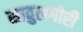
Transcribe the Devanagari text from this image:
सावुलगोरी